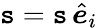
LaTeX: \boldsymbol{\mathtt{s}}=\mathtt{s}\, \hat{{\boldsymbol{e}}}_{i}